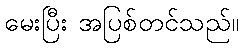
မေးပြီး အပြစ်တင်သည်။